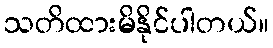
သတိထားမိနိုင်ပါတယ်။